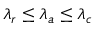
\lambda _ { r } \le \lambda _ { a } \le \lambda _ { c }